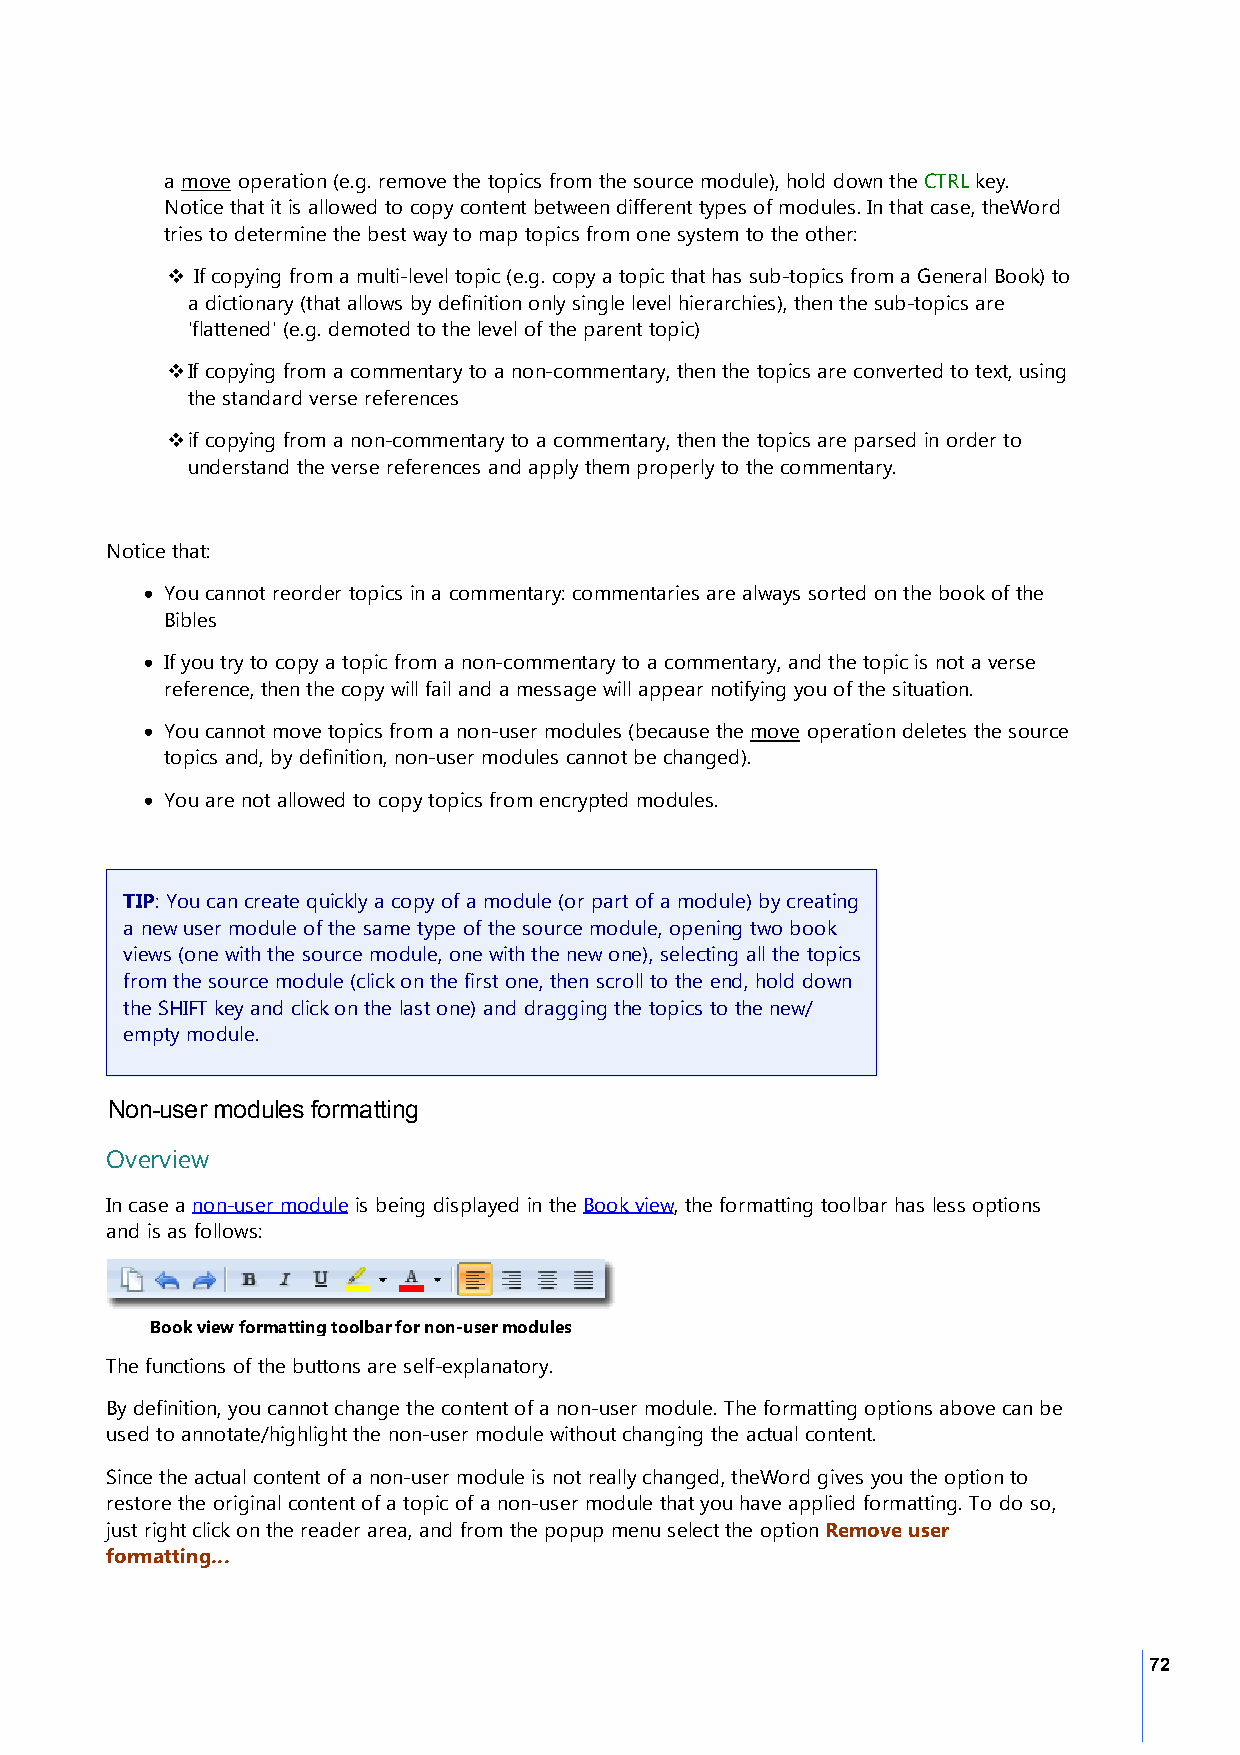
a move operation (e.g. remove the topics from the source module), hold down the CTRL key.
 Notice that it is allowed to copy content between different types of modules. In that case, theWord
 tries to determine the best way to map topics from one system to the other:
 v If copying from a multi-level topic (e.g. copy a topic that has sub-topics from a General Book) to
 a dictionary (that allows by definition only single level hierarchies), then the sub-topics are
 'flattened' (e.g. demoted to the level of the parent topic)
 vIf copying from a commentary to a non-commentary, then the topics are converted to text, using
 the standard verse references
 vif copying from a non-commentary to a commentary, then the topics are parsed in order to
 understand the verse references and apply them properly to the commentary.
 Notice that:
 · You cannot reorder topics in a commentary: commentaries are always sorted on the book of the
 Bibles
 · If you try to copy a topic from a non-commentary to a commentary, and the topic is not a verse
 reference, then the copy will fail and a message will appear notifying you of the situation.
 · You cannot move topics from a non-user modules (because the move operation deletes the source
 topics and, by definition, non-user modules cannot be changed).
 · You are not allowed to copy topics from encrypted modules.
 TIP: You can create quickly a copy of a module (or part of a module) by creating
 a new user module of the same type of the source module, opening two book
 views (one with the source module, one with the new one), selecting all the topics
 from the source module (click on the first one, then scroll to the end, hold down
 the SHIFT key and click on the last one) and dragging the topics to the new/
 empty module.
 Non-user modules formatting
 Overview
 In case a non-user module is being displayed in the Book view, the formatting toolbar has less options
 and is as follows:
 Book view formatting toolbar for non-user modules
 The functions of the buttons are self-explanatory.
 By definition, you cannot change the content of a non-user module. The formatting options above can be
 used to annotate/highlight the non-user module without changing the actual content.
 Since the actual content of a non-user module is not really changed, theWord gives you the option to
 restore the original content of a topic of a non-user module that you have applied formatting. To do so,
 just right click on the reader area, and from the popup menu select the option Remove user
 formatting...
 72